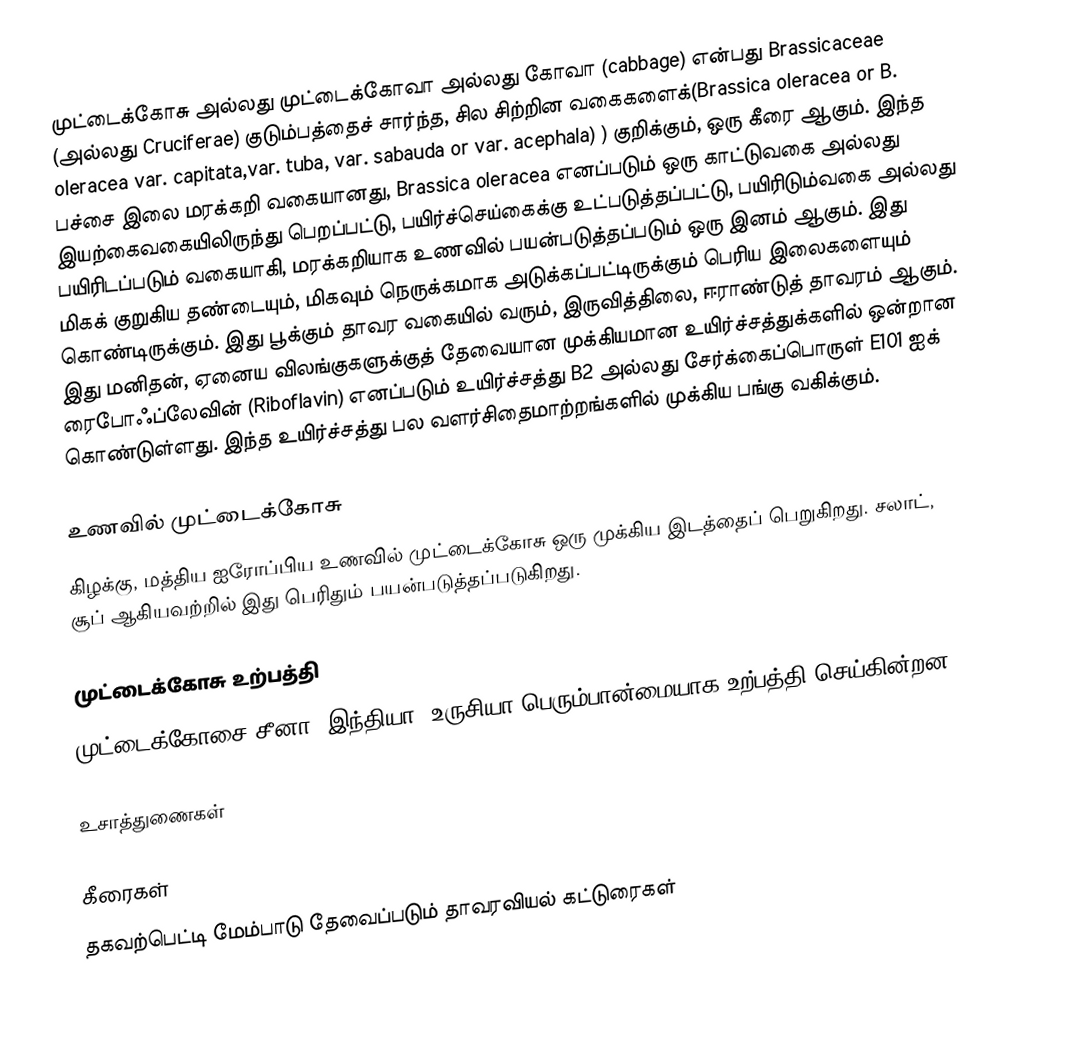
முட்டைக்கோசு அல்லது முட்டைக்கோவா அல்லது கோவா (cabbage) என்பது Brassicaceae (அல்லது Cruciferae) குடும்பத்தைச் சார்ந்த, சில சிற்றின வகைகளைக்(Brassica oleracea or B. oleracea var. capitata,var. tuba, var. sabauda or var. acephala) )  குறிக்கும்,  ஒரு கீரை ஆகும். இந்த பச்சை இலை மரக்கறி வகையானது, Brassica oleracea எனப்படும் ஒரு காட்டுவகை அல்லது இயற்கைவகையிலிருந்து பெறப்பட்டு, பயிர்ச்செய்கைக்கு உட்படுத்தப்பட்டு, பயிரிடும்வகை அல்லது பயிரிடப்படும் வகையாகி, மரக்கறியாக உணவில் பயன்படுத்தப்படும் ஒரு இனம் ஆகும். இது மிகக் குறுகிய தண்டையும், மிகவும் நெருக்கமாக அடுக்கப்பட்டிருக்கும் பெரிய இலைகளையும் கொண்டிருக்கும். இது பூக்கும் தாவர வகையில் வரும், இருவித்திலை, ஈராண்டுத் தாவரம் ஆகும். இது மனிதன், ஏனைய விலங்குகளுக்குத் தேவையான முக்கியமான உயிர்ச்சத்துக்களில் ஒன்றான ரைபோஃப்லேவின் (Riboflavin) எனப்படும் உயிர்ச்சத்து B2 அல்லது சேர்க்கைப்பொருள் E101 ஐக் கொண்டுள்ளது. இந்த உயிர்ச்சத்து பல வளர்சிதைமாற்றங்களில் முக்கிய பங்கு வகிக்கும்.

உணவில் முட்டைக்கோசு
கிழக்கு, மத்திய ஐரோப்பிய உணவில் முட்டைக்கோசு ஒரு முக்கிய இடத்தைப் பெறுகிறது. சலாட், சூப் ஆகியவற்றில் இது பெரிதும் பயன்படுத்தப்படுகிறது.

முட்டைக்கோசு உற்பத்தி
முட்டைக்கோசை சீனா, இந்தியா, உருசியா பெரும்பான்மையாக உற்பத்தி செய்கின்றன.

உசாத்துணைகள்

கீரைகள்
தகவற்பெட்டி மேம்பாடு தேவைப்படும் தாவரவியல் கட்டுரைகள்